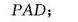
PAD；